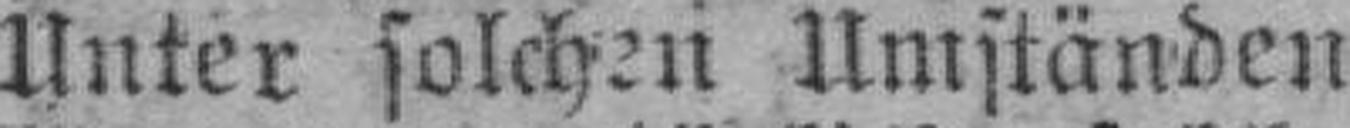
Unter solchen Umständen